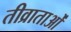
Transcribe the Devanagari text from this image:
तीव्राताओं